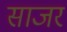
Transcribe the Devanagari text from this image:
साजरं